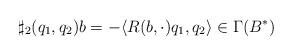
LaTeX: \begin{align*}\sharp_2(q_1,q_2)b = - \langle R(b,\cdot)q_1,q_2 \rangle\in\Gamma(B^*)\end{align*}